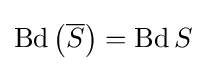
\operatorname {Bd} \left({\overline {S}}\right)=\operatorname {Bd} S